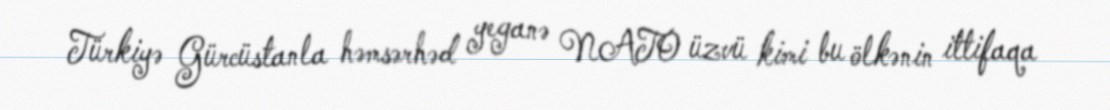
Türkiyə Gürcüstanla həmsərhəd yeganə NATO üzvü kimi bu ölkənin ittifaqa